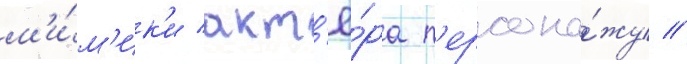
м'и́м'ик'и акт'ё́ра п'ерсона́жу //